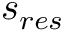
s _ { r e s }